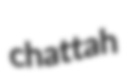
chattah